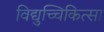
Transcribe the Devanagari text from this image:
विद्युच्चिकित्सा